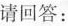
请回答：